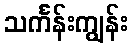
သင်္ကန်းကျွန်း